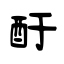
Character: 酑